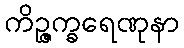
ကိဉ္ဇက္ခရေဏုနာ